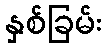
နှစ်ခြမ်း